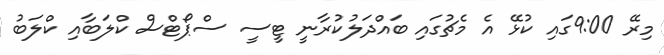
މިރޭ 9:00ގައި ކުޅޭ އެ މެޗުގައި ބައްދަލުކުރާނީ ޓީސީ ސްޕޯޓްސް ކްލަބާއި ކްލަބު